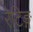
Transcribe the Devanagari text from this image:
रेटिङ्ग